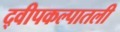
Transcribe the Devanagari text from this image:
द्वीपकल्पातली